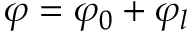
\varphi = \varphi _ { 0 } + \varphi _ { l }